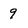
Character: 9